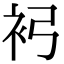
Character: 𧘏